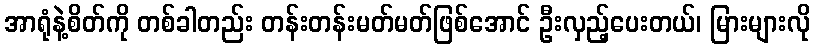
အာရုံနဲ့စိတ်ကို တစ်ခါတည်း တန်းတန်းမတ်မတ်ဖြစ်အောင် ဦးလှည့်ပေးတယ်၊ မြားများလို